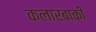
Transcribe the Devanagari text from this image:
कलारबाकी